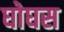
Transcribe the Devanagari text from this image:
घोघस